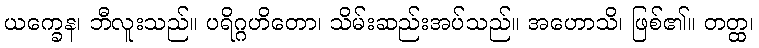
ယက္ခေန၊ ဘီလူးသည်။ ပရိဂ္ဂဟိတော၊ သိမ်းဆည်းအပ်သည်။ အဟောသိ၊ ဖြစ်၏။ တတ္ထ၊